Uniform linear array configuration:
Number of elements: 64
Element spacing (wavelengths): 0.75
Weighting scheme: binomial
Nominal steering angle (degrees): -45
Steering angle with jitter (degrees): -46.987
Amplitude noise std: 0.05
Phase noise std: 0.05

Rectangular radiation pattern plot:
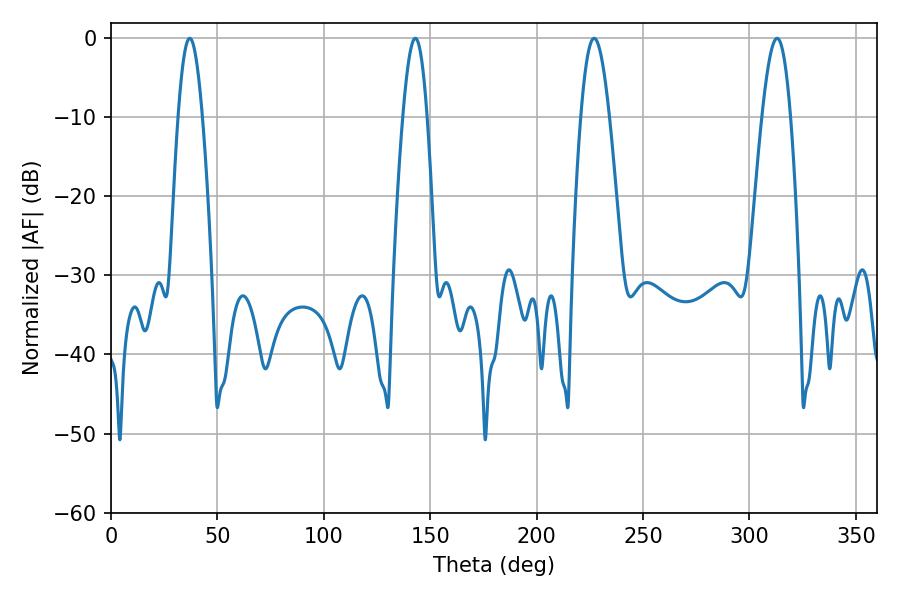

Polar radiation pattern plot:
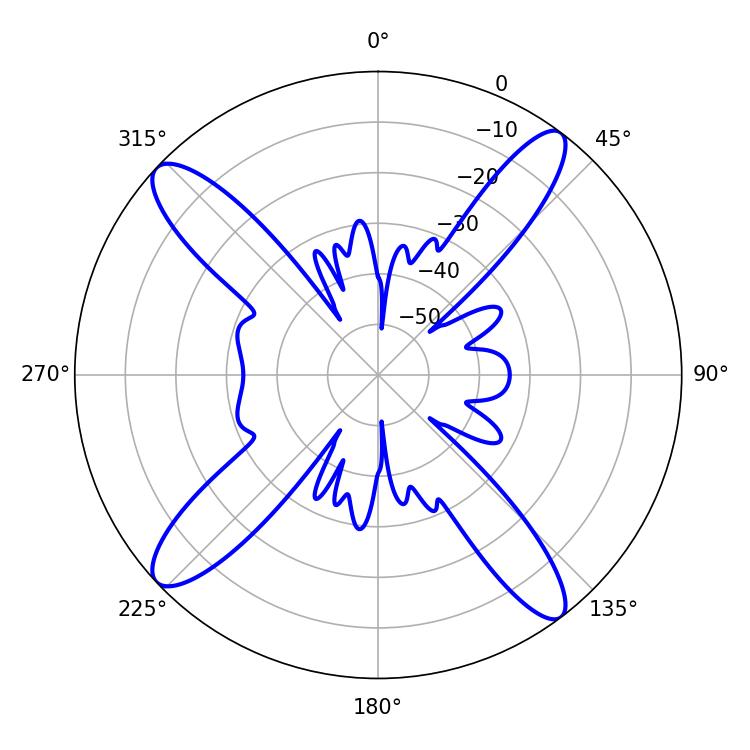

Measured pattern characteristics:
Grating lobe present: TRUE
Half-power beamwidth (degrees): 7.2
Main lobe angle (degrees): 226.98